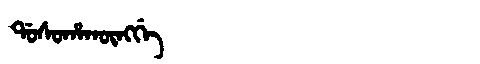
Manchu: ᡩᠣᠰᠣᡥᠠᡴᡡᠩᡤᡝ
Romanization: DOSOHAKŪNGGE